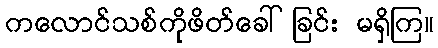
ကလောင်သစ်ကိုဖိတ်ခေါ်ခြင်း မရှိကြ။